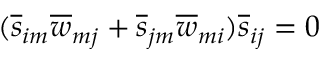
( \overline { { s } } _ { i m } \overline { { w } } _ { m j } + \overline { { s } } _ { j m } \overline { { w } } _ { m i } ) \overline { { s } } _ { i j } = 0